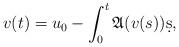
LaTeX: \begin{align*}v(t)=u_0-\int_0^t\mathfrak{A}(v(s))\d s,\end{align*}